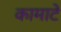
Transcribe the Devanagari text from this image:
कामाटे